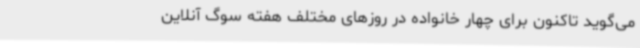
می‌گوید تاکنون برای چهار خانواده در روزهای مختلف هفته سوگ آنلاین